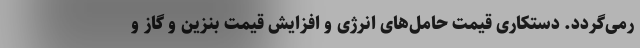
رمی‌گردد. دستکاری قیمت حامل‌های انرژی و افزایش قیمت‌ بنزین و گاز و